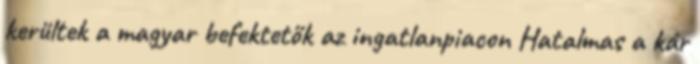
kerültek a magyar befektetők az ingatlanpiacon Hatalmas a kár